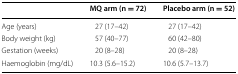
<table><thead><tr><td></td><td><b>MQ arm (n = 72)</b></td><td><b>Placebo arm (n = 52)</b></td></tr></thead><tbody><tr><td>Age (years)</td><td>27 (17–42)</td><td>27 (17–42)</td></tr><tr><td>Body weight (kg)</td><td>57 (40–77)</td><td>60 (42–80)</td></tr><tr><td>Gestation (weeks)</td><td>20 (8–28)</td><td>20 (8–28)</td></tr><tr><td>Haemoglobin (mg/dL)</td><td>10.3 (5.6–15.2)</td><td>10.6 (5.7–13.7)</td></tr></tbody></table>